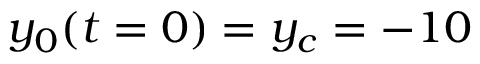
y _ { 0 } ( t = 0 ) = y _ { c } = - 1 0